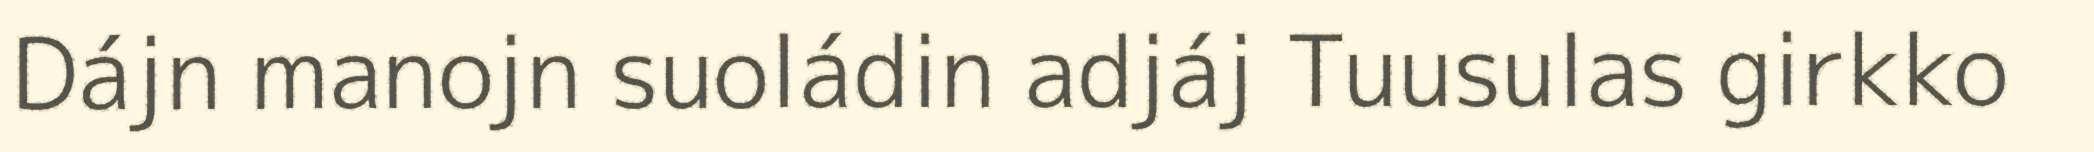
Dájn manojn suoládin adjáj Tuusulas girkko